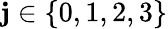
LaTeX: \mathbf{j}\in\{ 0,1,2,3\}